Indian journal of veterinary science and animal husbandry - Volumes 22-23, 1952-1953
Year: 1952
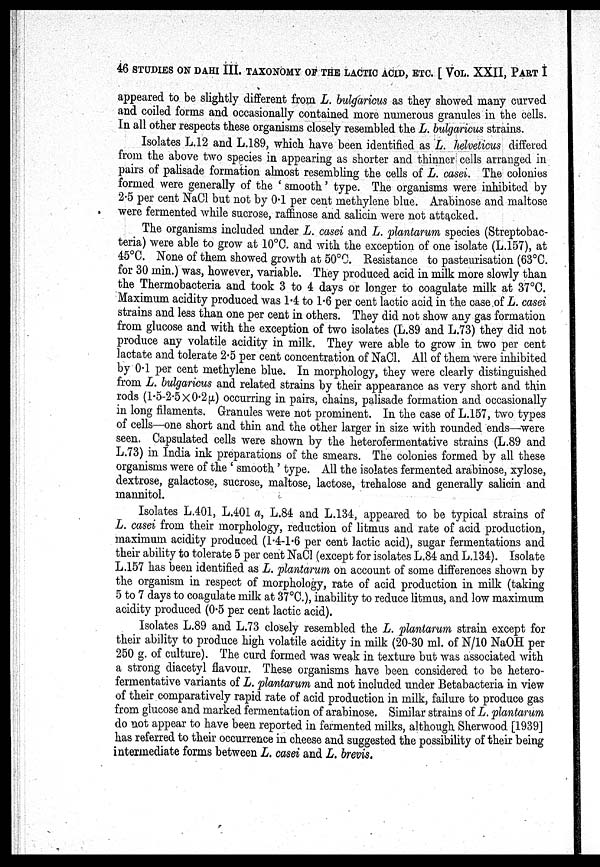
46 STUDIES ON DAHI III. TAXONOMY OF THE LACTIC ACID, ETC. [ VOL. XXII, PART I
appeared to be slightly different from L. bulgaricus as they showed many curved
and coiled forms and occasionally contained more numerous granules in the cells.
In all other respects these organisms closely resembled the L. bulgaricus strains.
Isolates L.12 and L.189, which have been identified as L. helveticus differed
from the above two species in appearing as shorter and thinner cells arranged in
pairs of palisade formation almost resembling the cells of L. casei. The colonies
formed were generally of the 'smooth' type. The organisms were inhibited by
2.5 per cent NaCl but not by 0.1 per cent methylene blue. Arabinose and maltose
were fermented while sucrose, raffinose and salicin were not attacked.
The organisms included under L. casei and L. plantarum species (Streptobac-
teria) were able to grow at 10°C. and with the exception of one isolate (L.157), at
45°C. None of them showed growth at 50°C. Resistance to pasteurisation (63°C.
for 30 min.) was, however, variable. They produced acid in milk more slowly than
the Thermobacteria and took 3 to 4 days or longer to coagulate milk at 37°C.
Maximum acidity produced was 1.4 to 1.6 per cent lactic acid in the case of L. casei
strains and less than one per cent in others. They did not show any gas formation
from glucose and with the exception of two isolates (L.89 and L.73) they did not
produce any volatile acidity in milk. They were able to grow in two per cent
lactate and tolerate 2.5 per cent concentration of NaCl. All of them were inhibited
by 0.1 per cent methylene blue. In morphology, they were clearly distinguished
from L. bulgaricus and related strains by their appearance as very short and thin
rods (1.5-2.5X0.2µ) occurring in pairs, chains, palisade formation and occasionally
in long filaments. Granules were not prominent. In the case of L.157, two types
of cells—one short and thin and the other larger in size with rounded ends—were
seen. Capsulated cells were shown by the heterofermentative strains (L.89 and
L.73) in India ink preparations of the smears. The colonies formed by all these
organisms were of the 'smooth' type. All the isolates fermented arabinose, xylose,
dextrose, galactose, sucrose, maltose, lactose, trehalose and generally salicin and
mannitol.
Isolates L.401, L.401 a, L.84 and L.134, appeared to be typical strains of
L. casei from their morphology, reduction of litmus and rate of acid production,
maximum acidity produced (1.4-1.6 per cent lactic acid), sugar fermentations and
their ability to tolerate 5 per cent NaCl (except for isolates L.84 and L.134). Isolate
L.157 has been identified as L. plantarum on account of some differences shown by
the organism in respect of morphology, rate of acid production in milk (taking
5 to 7 days to coagulate milk at 37°C), inability to reduce litmus, and low maximum
acidity produced (0.5 per cent lactic acid).
Isolates L.89 and L.73 closely resembled the L. plantarum strain except for
their ability to produce high volatile acidity in milk (20-30 ml. of N/10 NaOH per
250 g. of culture). The curd formed was weak in texture but was associated with
a strong diacetyl flavour. These organisms have been considered to be hetero-
fermentative variants of L. plantarum and not included under Betabacteria in view
of their comparatively rapid rate of acid production in milk, failure to produce gas
from glucose and marked fermentation of arabinose. Similar strains of L. plantarum
do not appear to have been reported in fermented milks, although Sherwood [1939]
has referred to their occurrence in cheese and suggested the possibility of their being
intermediate forms between L. casei and L. brevis.